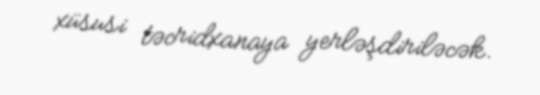
xüsusi təcridxanaya yerləşdiriləcək.